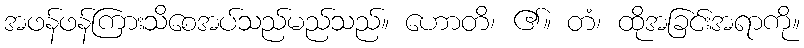
အဖန်ဖန်ကြားသိစေအပ်သည်မည်သည်။ ဟောတိ၊ ၏။ တံ၊ ထိုအခြင်းအရာကို။